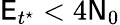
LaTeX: \mathsf{E}_{t^{\star}}<4\mathsf{N}_{0}